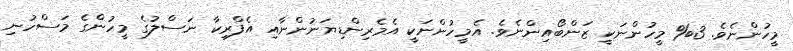
މީހުންނެވެ. 3% މީހުންނަކީ ޒަންބޯއިންނެވެ. އެމީހުންނަކީ އެމެރިންޑިޔަނުންނާއި އެފްރިކާ ނަސްލުގެ މީހުންގެ މަސްހުނި